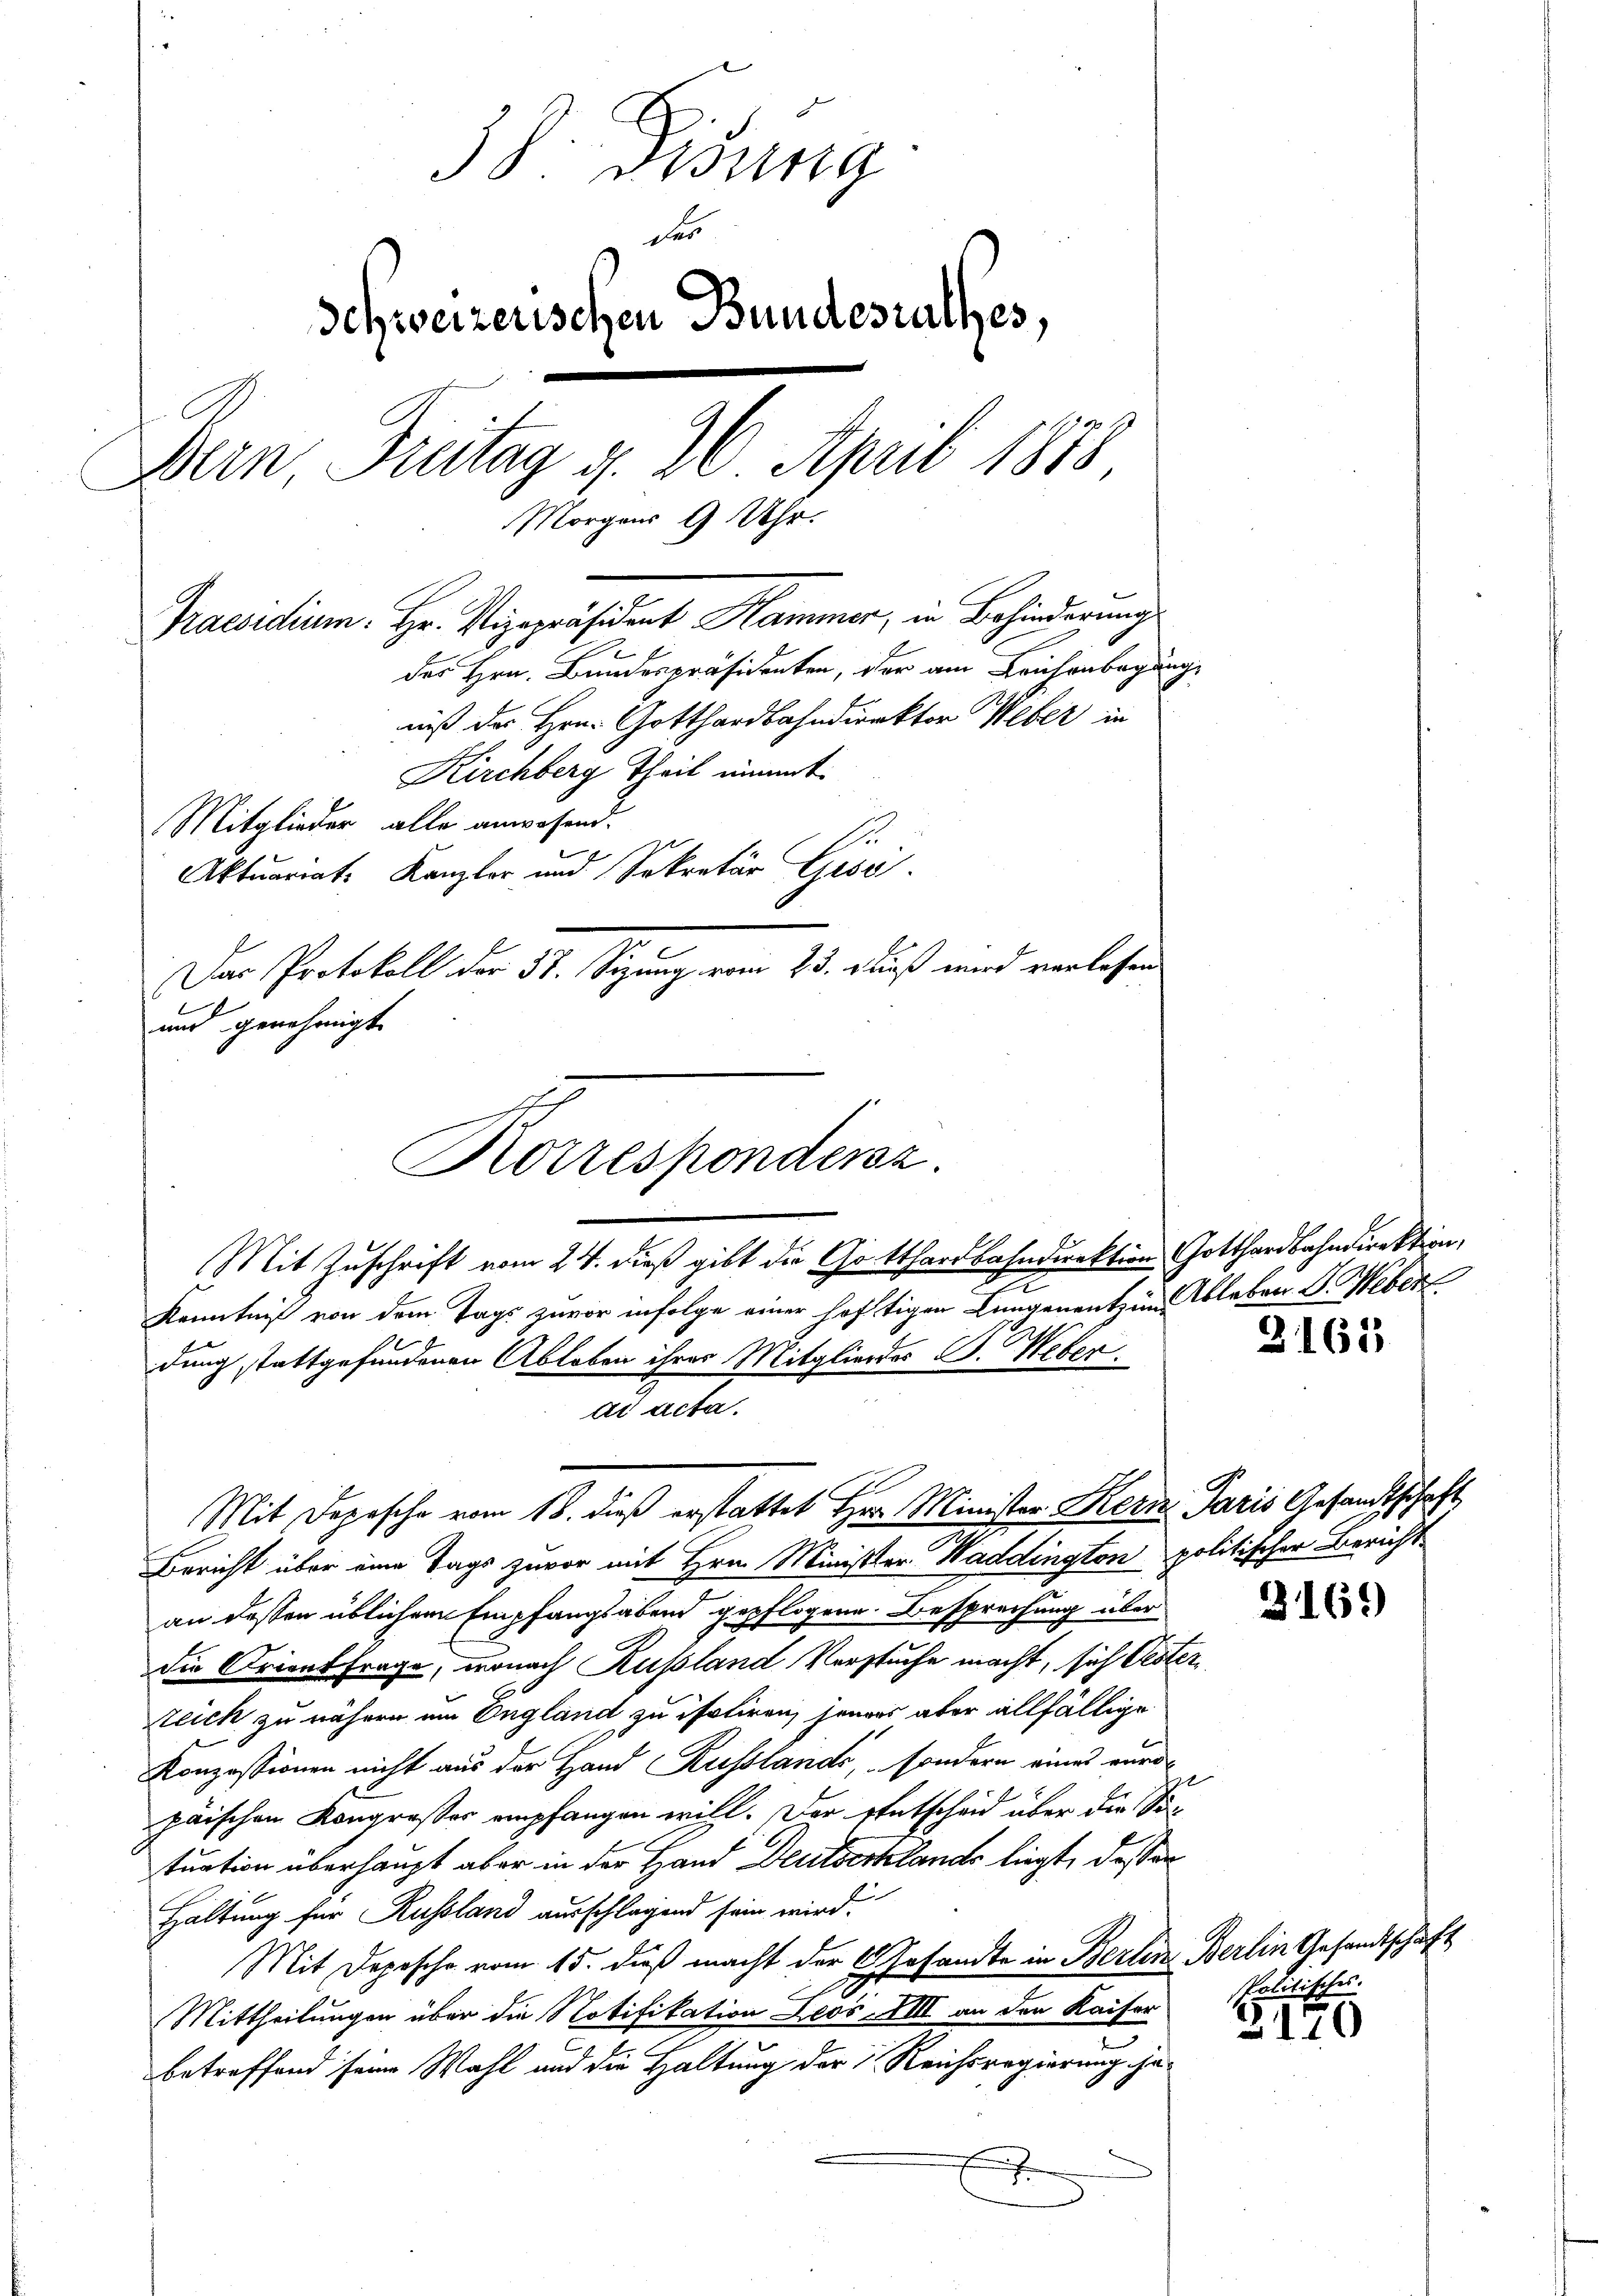
38. Disung
s
Schweizerischen Bundesrathes,
Dein Freitag d. 26. April 1878
Morgens 9 Uhr.
.
Praesidium. Hr. Vizepräsident Hammer, in Behinderung
.
des Hrn. Bundespräsidenten, der am Leichenbegängniß des Hrn. Gotthardbahndirektor Weber in
Kirchberg Theil nimmt
Mitglieder alle anwesend.
Aktuariat Kanzler und Sekretär Gisi
Das Protokoll der 31. Segung vom 25. Fuß wird verlesen
und genehmigt.

Korresponderz
Mit Zuschrift vom 24. dieß gibt die Gotthardbahndirektion Gotthardbahndirektion,

Kenntniß von dem Tags zuvor infolge einer heftigen Lungenentzins Ableben S. Weber¬
Mit Depesche vom 18. dieß erstattet Hrn. Minister Kern Paris Gesandtschaft
Bericht über eine Tags zuvor mit Hrn. Minister Waddington politischer Bericht
an dessen üblichem Empfangsabend gepflogene Besprechung über
die Orient frage, wonach Russland Verstuche macht, sich Oesterteich zu nähern um England zu isoliren, jenes aber allfällige
Konzessionen nicht aus der Hand Russlande, sondern eines aura
päischen Kongroßer empfangen will. Der Entscheid über die Sotuation überhaupt aber in der Hand Deutserklands liegt, dessen
Haltung für Russland ausschlagend sein wird.
Mit Depesche vom 15. daß macht der 4 Gesandte in Berlin Berlin Gesandtschäft
Mittheilungen über die Notifikation Zeos XIII an den Kaiser
betreffend seine Wahl und die Haltung der 1 Reichsregierung ha¬
.

dung stattgefundenen Ableben ihres Mitglieder B. Weber
dd Acta.

d

165

3169

Politische.

170